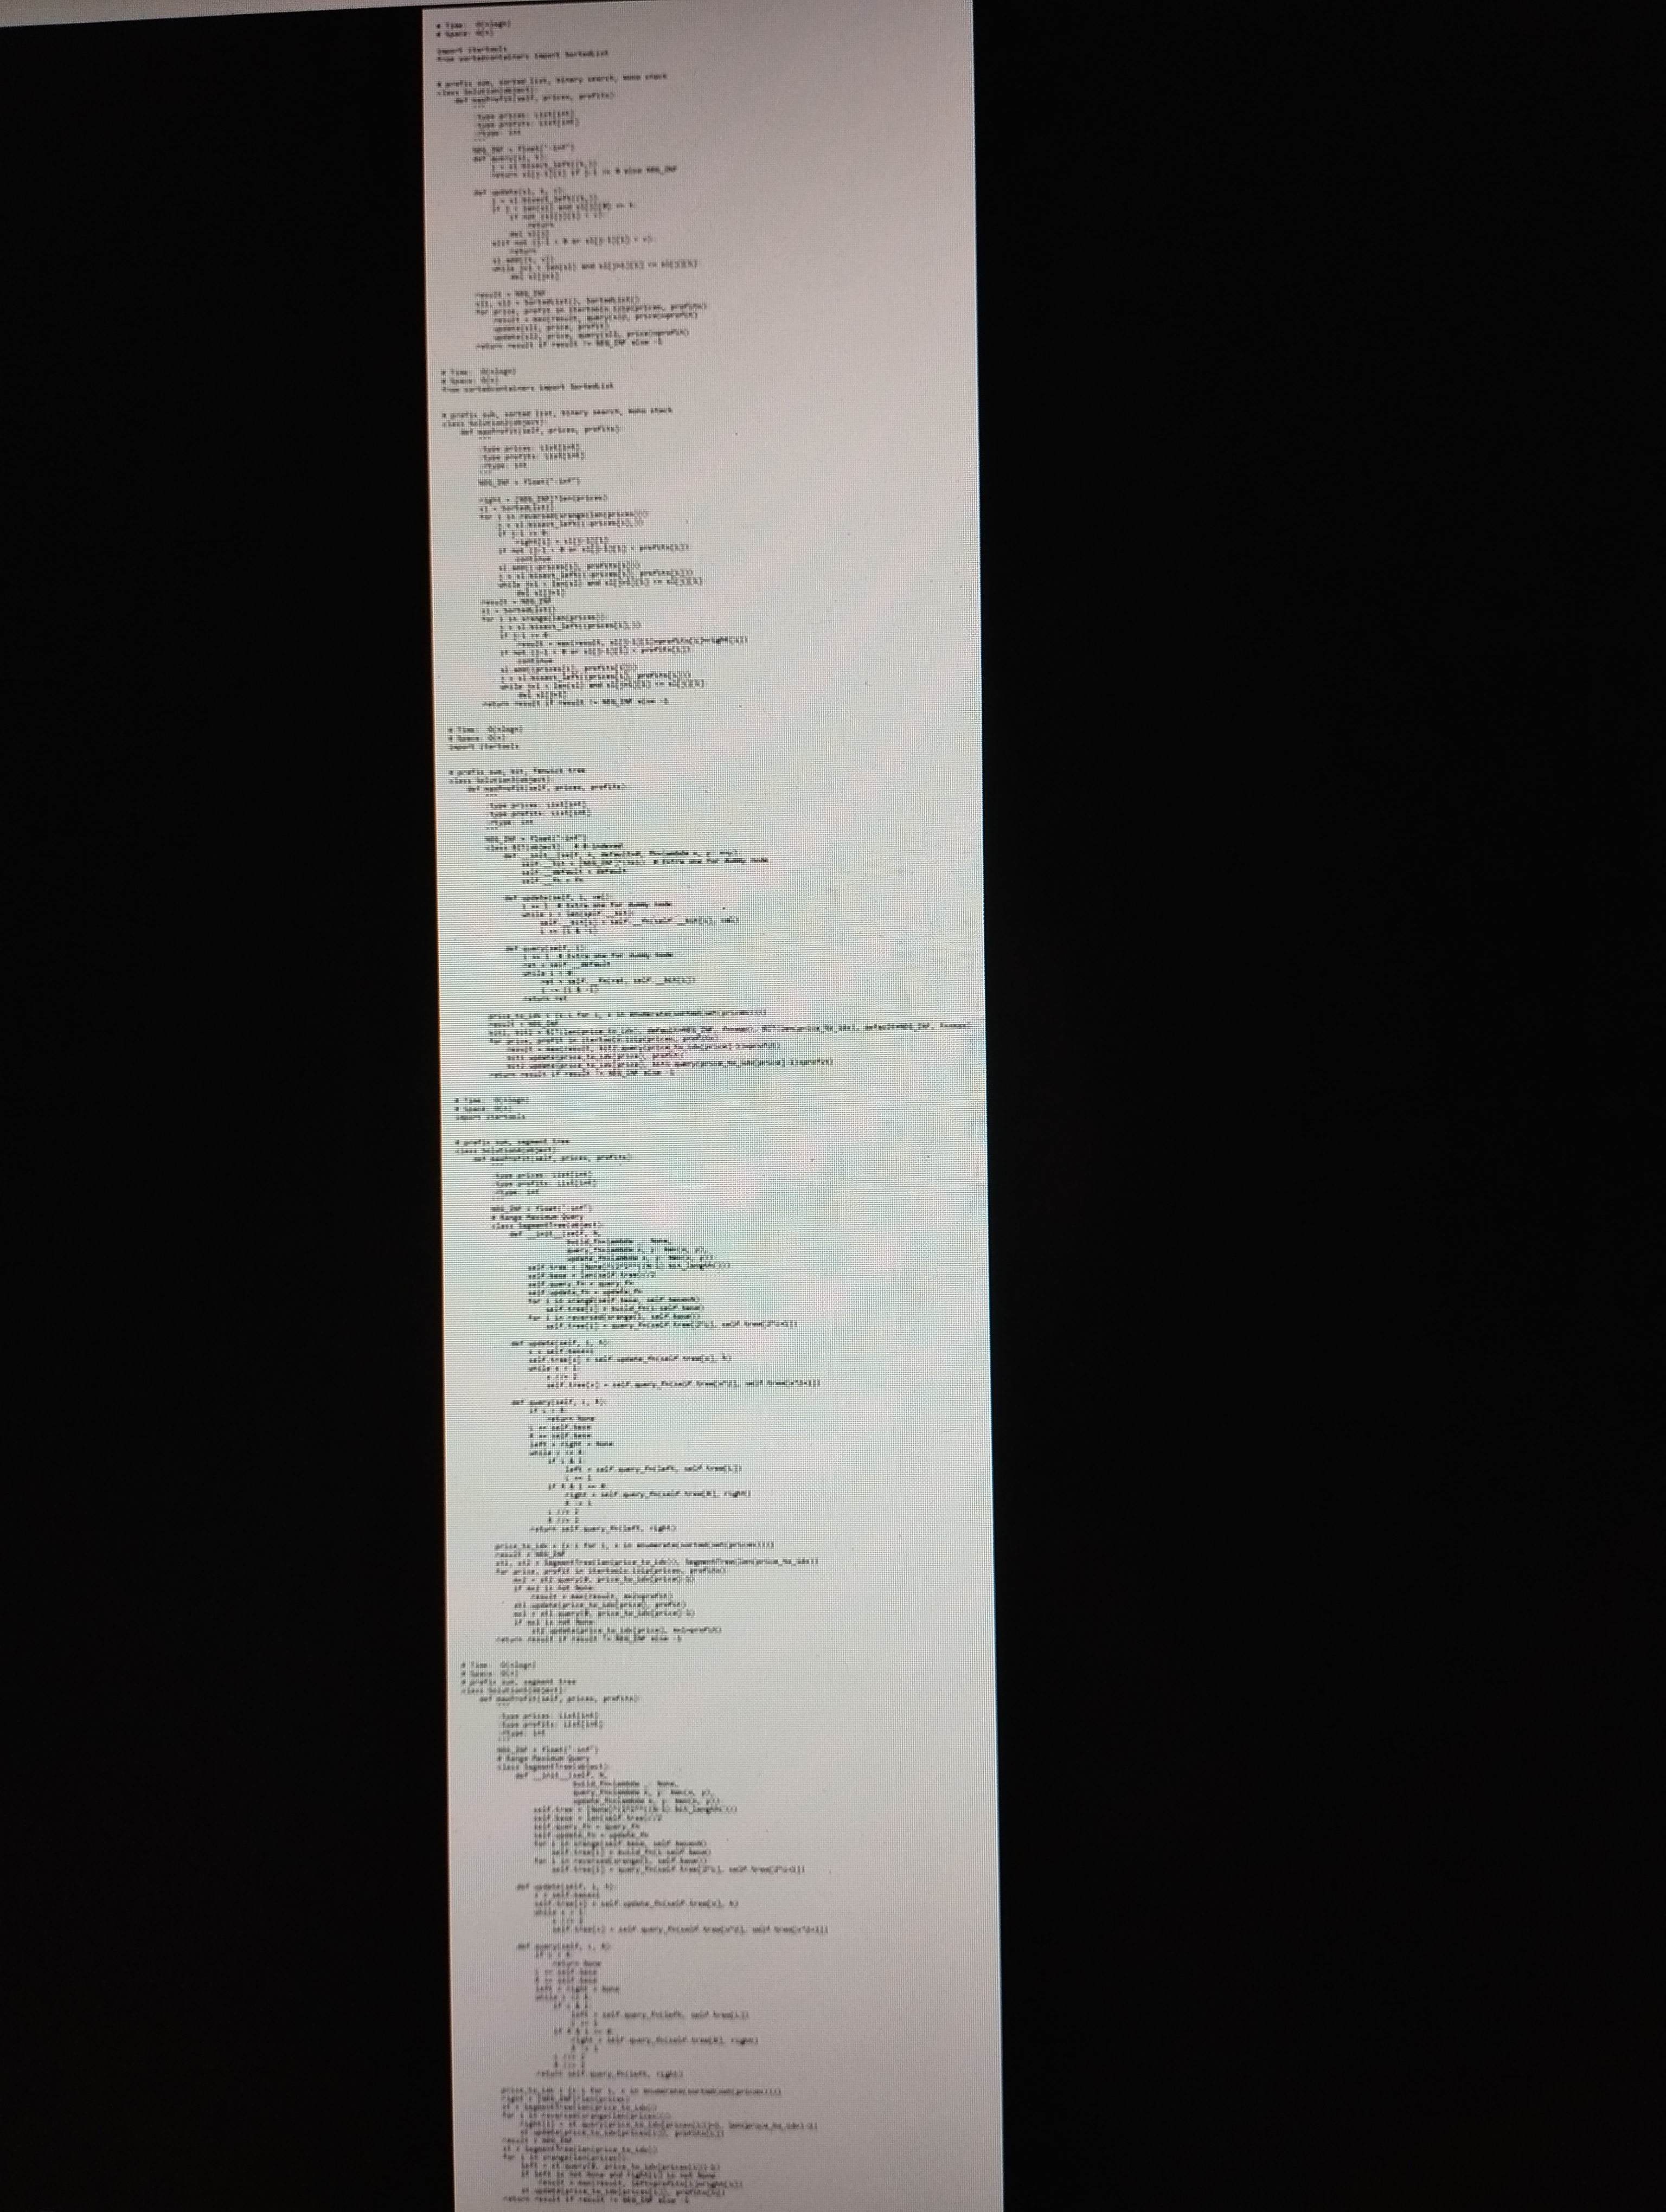
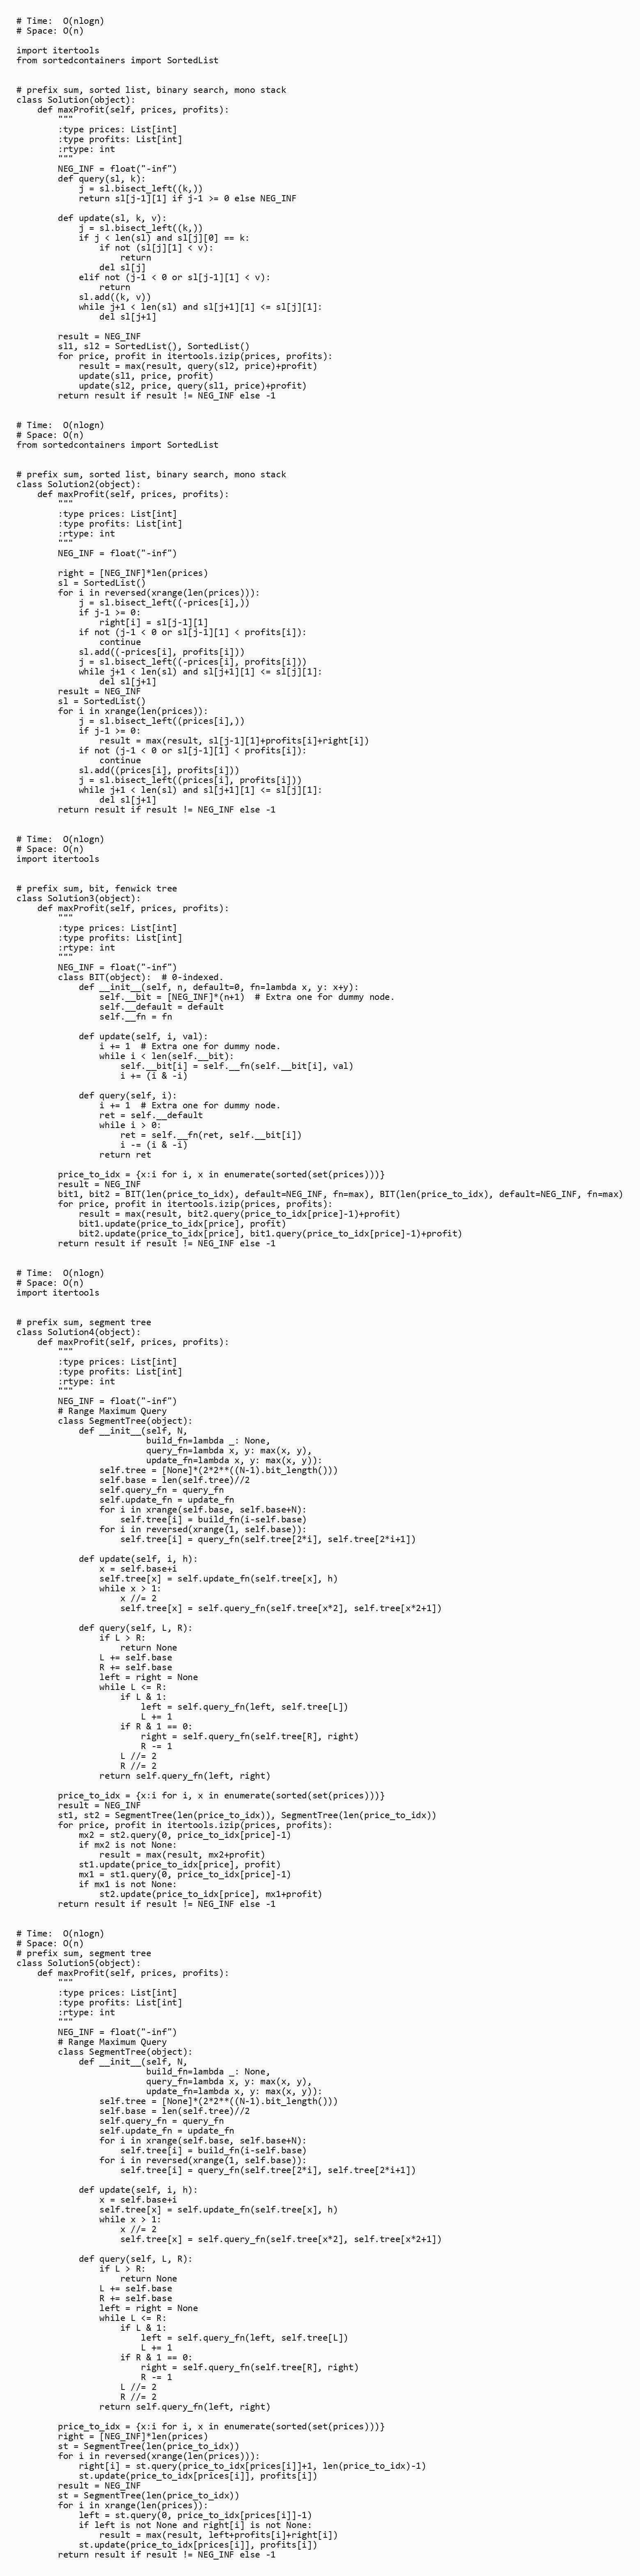
# Time:  O(nlogn)
# Space: O(n)

import itertools
from sortedcontainers import SortedList

# prefix sum, sorted list, binary search, mono stack
class Solution(object):
    def maxProfit(self, prices, profits):
        """
        :type prices: List[int]
        :type profits: List[int]
        :rtype: int
        """
        NEG_INF = float("-inf")
        def query(sl, k):
            j = sl.bisect_left((k,))
            return sl[j-1][1] if j-1 >= 0 else NEG_INF

        def update(sl, k, v):
            j = sl.bisect_left((k,))
            if j < len(sl) and sl[j][0] == k:
                if not (sl[j][1] < v):
                    return
                del sl[j]
            elif not (j-1 < 0 or sl[j-1][1] < v):
                return
            sl.add((k, v))
            while j+1 < len(sl) and sl[j+1][1] <= sl[j][1]:
                del sl[j+1]

        result = NEG_INF
        sl1, sl2 = SortedList(), SortedList()
        for price, profit in itertools.izip(prices, profits):
            result = max(result, query(sl2, price)+profit)
            update(sl1, price, profit)
            update(sl2, price, query(sl1, price)+profit)
        return result if result != NEG_INF else -1

# Time:  O(nlogn)
# Space: O(n)
from sortedcontainers import SortedList

# prefix sum, sorted list, binary search, mono stack
class Solution2(object):
    def maxProfit(self, prices, profits):
        """
        :type prices: List[int]
        :type profits: List[int]
        :rtype: int
        """
        NEG_INF = float("-inf")

        right = [NEG_INF]*len(prices)
        sl = SortedList()
        for i in reversed(xrange(len(prices))):
            j = sl.bisect_left((-prices[i],))
            if j-1 >= 0:
                right[i] = sl[j-1][1]
            if not (j-1 < 0 or sl[j-1][1] < profits[i]):
                continue
            sl.add((-prices[i], profits[i]))
            j = sl.bisect_left((-prices[i], profits[i]))
            while j+1 < len(sl) and sl[j+1][1] <= sl[j][1]:
                del sl[j+1]
        result = NEG_INF
        sl = SortedList()
        for i in xrange(len(prices)):
            j = sl.bisect_left((prices[i],))
            if j-1 >= 0:
                result = max(result, sl[j-1][1]+profits[i]+right[i])
            if not (j-1 < 0 or sl[j-1][1] < profits[i]):
                continue
            sl.add((prices[i], profits[i]))
            j = sl.bisect_left((prices[i], profits[i]))
            while j+1 < len(sl) and sl[j+1][1] <= sl[j][1]:
                del sl[j+1]
        return result if result != NEG_INF else -1

# Time:  O(nlogn)
# Space: O(n)
import itertools

# prefix sum, bit, fenwick tree
class Solution3(object):
    def maxProfit(self, prices, profits):
        """
        :type prices: List[int]
        :type profits: List[int]
        :rtype: int
        """
        NEG_INF = float("-inf")
        class BIT(object):  # 0-indexed.
            def __init__(self, n, default=0, fn=lambda x, y: x+y):
                self.__bit = [NEG_INF]*(n+1)  # Extra one for dummy node.
                self.__default = default
                self.__fn = fn

            def update(self, i, val):
                i += 1  # Extra one for dummy node.
                while i < len(self.__bit):
                    self.__bit[i] = self.__fn(self.__bit[i], val)
                    i += (i & -i)

            def query(self, i):
                i += 1  # Extra one for dummy node.
                ret = self.__default
                while i > 0:
                    ret = self.__fn(ret, self.__bit[i])
                    i -= (i & -i)
                return ret

        price_to_idx = {x:i for i, x in enumerate(sorted(set(prices)))}
        result = NEG_INF
        bit1, bit2 = BIT(len(price_to_idx), default=NEG_INF, fn=max), BIT(len(price_to_idx), default=NEG_INF, fn=max)
        for price, profit in itertools.izip(prices, profits):
            result = max(result, bit2.query(price_to_idx[price]-1)+profit)
            bit1.update(price_to_idx[price], profit)
            bit2.update(price_to_idx[price], bit1.query(price_to_idx[price]-1)+profit)
        return result if result != NEG_INF else -1

# Time:  O(nlogn)
# Space: O(n)
import itertools

# prefix sum, segment tree
class Solution4(object):
    def maxProfit(self, prices, profits):
        """
        :type prices: List[int]
        :type profits: List[int]
        :rtype: int
        """
        NEG_INF = float("-inf")
        # Range Maximum Query
        class SegmentTree(object):
            def __init__(self, N,
                         build_fn=lambda _: None,
                         query_fn=lambda x, y: max(x, y),
                         update_fn=lambda x, y: max(x, y)):
                self.tree = [None]*(2*2**((N-1).bit_length()))
                self.base = len(self.tree)//2
                self.query_fn = query_fn
                self.update_fn = update_fn
                for i in xrange(self.base, self.base+N):
                    self.tree[i] = build_fn(i-self.base)
                for i in reversed(xrange(1, self.base)):
                    self.tree[i] = query_fn(self.tree[2*i], self.tree[2*i+1])

            def update(self, i, h):
                x = self.base+i
                self.tree[x] = self.update_fn(self.tree[x], h)
                while x > 1:
                    x //= 2
                    self.tree[x] = self.query_fn(self.tree[x*2], self.tree[x*2+1])

            def query(self, L, R):
                if L > R:
                    return None
                L += self.base
                R += self.base
                left = right = None
                while L <= R:
                    if L & 1:
                        left = self.query_fn(left, self.tree[L])
                        L += 1
                    if R & 1 == 0:
                        right = self.query_fn(self.tree[R], right)
                        R -= 1
                    L //= 2
                    R //= 2
                return self.query_fn(left, right)

        price_to_idx = {x:i for i, x in enumerate(sorted(set(prices)))}
        result = NEG_INF
        st1, st2 = SegmentTree(len(price_to_idx)), SegmentTree(len(price_to_idx))
        for price, profit in itertools.izip(prices, profits):
            mx2 = st2.query(0, price_to_idx[price]-1)
            if mx2 is not None:
                result = max(result, mx2+profit)
            st1.update(price_to_idx[price], profit)
            mx1 = st1.query(0, price_to_idx[price]-1)
            if mx1 is not None:
                st2.update(price_to_idx[price], mx1+profit)
        return result if result != NEG_INF else -1

# Time:  O(nlogn)
# Space: O(n)
# prefix sum, segment tree
class Solution5(object):
    def maxProfit(self, prices, profits):
        """
        :type prices: List[int]
        :type profits: List[int]
        :rtype: int
        """
        NEG_INF = float("-inf")
        # Range Maximum Query
        class SegmentTree(object):
            def __init__(self, N,
                         build_fn=lambda _: None,
                         query_fn=lambda x, y: max(x, y),
                         update_fn=lambda x, y: max(x, y)):
                self.tree = [None]*(2*2**((N-1).bit_length()))
                self.base = len(self.tree)//2
                self.query_fn = query_fn
                self.update_fn = update_fn
                for i in xrange(self.base, self.base+N):
                    self.tree[i] = build_fn(i-self.base)
                for i in reversed(xrange(1, self.base)):
                    self.tree[i] = query_fn(self.tree[2*i], self.tree[2*i+1])

            def update(self, i, h):
                x = self.base+i
                self.tree[x] = self.update_fn(self.tree[x], h)
                while x > 1:
                    x //= 2
                    self.tree[x] = self.query_fn(self.tree[x*2], self.tree[x*2+1])

            def query(self, L, R):
                if L > R:
                    return None
                L += self.base
                R += self.base
                left = right = None
                while L <= R:
                    if L & 1:
                        left = self.query_fn(left, self.tree[L])
                        L += 1
                    if R & 1 == 0:
                        right = self.query_fn(self.tree[R], right)
                        R -= 1
                    L //= 2
                    R //= 2
                return self.query_fn(left, right)

        price_to_idx = {x:i for i, x in enumerate(sorted(set(prices)))}
        right = [NEG_INF]*len(prices)
        st = SegmentTree(len(price_to_idx))
        for i in reversed(xrange(len(prices))):
            right[i] = st.query(price_to_idx[prices[i]]+1, len(price_to_idx)-1)
            st.update(price_to_idx[prices[i]], profits[i])
        result = NEG_INF
        st = SegmentTree(len(price_to_idx))
        for i in xrange(len(prices)):
            left = st.query(0, price_to_idx[prices[i]]-1)
            if left is not None and right[i] is not None:
                result = max(result, left+profits[i]+right[i])
            st.update(price_to_idx[prices[i]], profits[i])
        return result if result != NEG_INF else -1